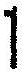
1